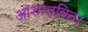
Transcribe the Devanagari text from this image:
आशान्वित।